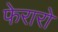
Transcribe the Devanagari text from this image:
फेरारो